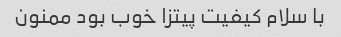
با سلام کیفیت پیتزا خوب بود ممنون